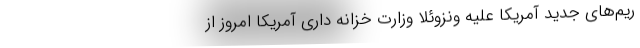
ریم‌های جدید آمریکا علیه ونزوئلا وزارت خزانه داری آمریکا امروز از